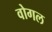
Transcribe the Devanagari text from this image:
वोगल